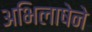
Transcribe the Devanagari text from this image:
अभिलाषेने